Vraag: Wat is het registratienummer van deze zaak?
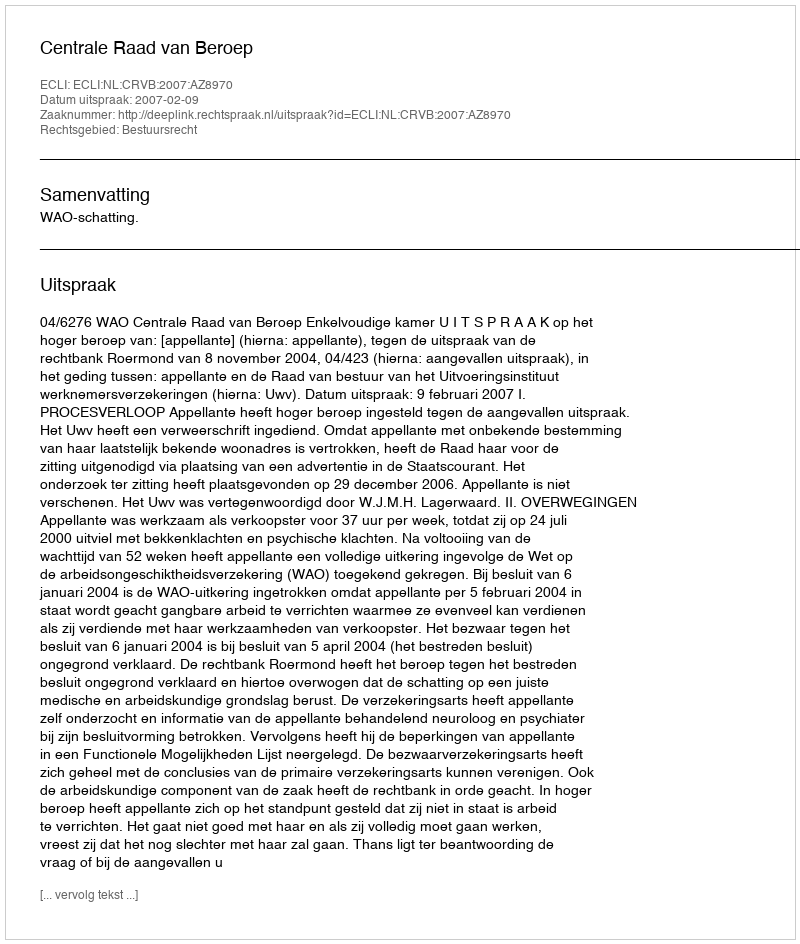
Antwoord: http://deeplink.rechtspraak.nl/uitspraak?id=ECLI:NL:CRVB:2007:AZ8970